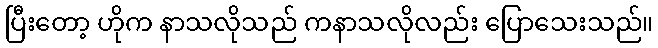
ပြီးတော့ ဟိုက နာသလိုသည် ကနာသလိုလည်း ပြောသေးသည်။